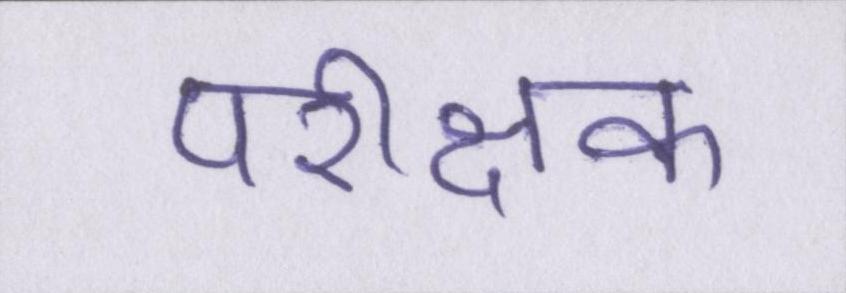
परीक्षक